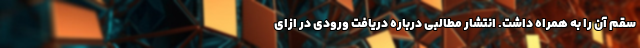
سقم آن را به همراه داشت. انتشار مطالبی درباره دریافت ورودی در ازای